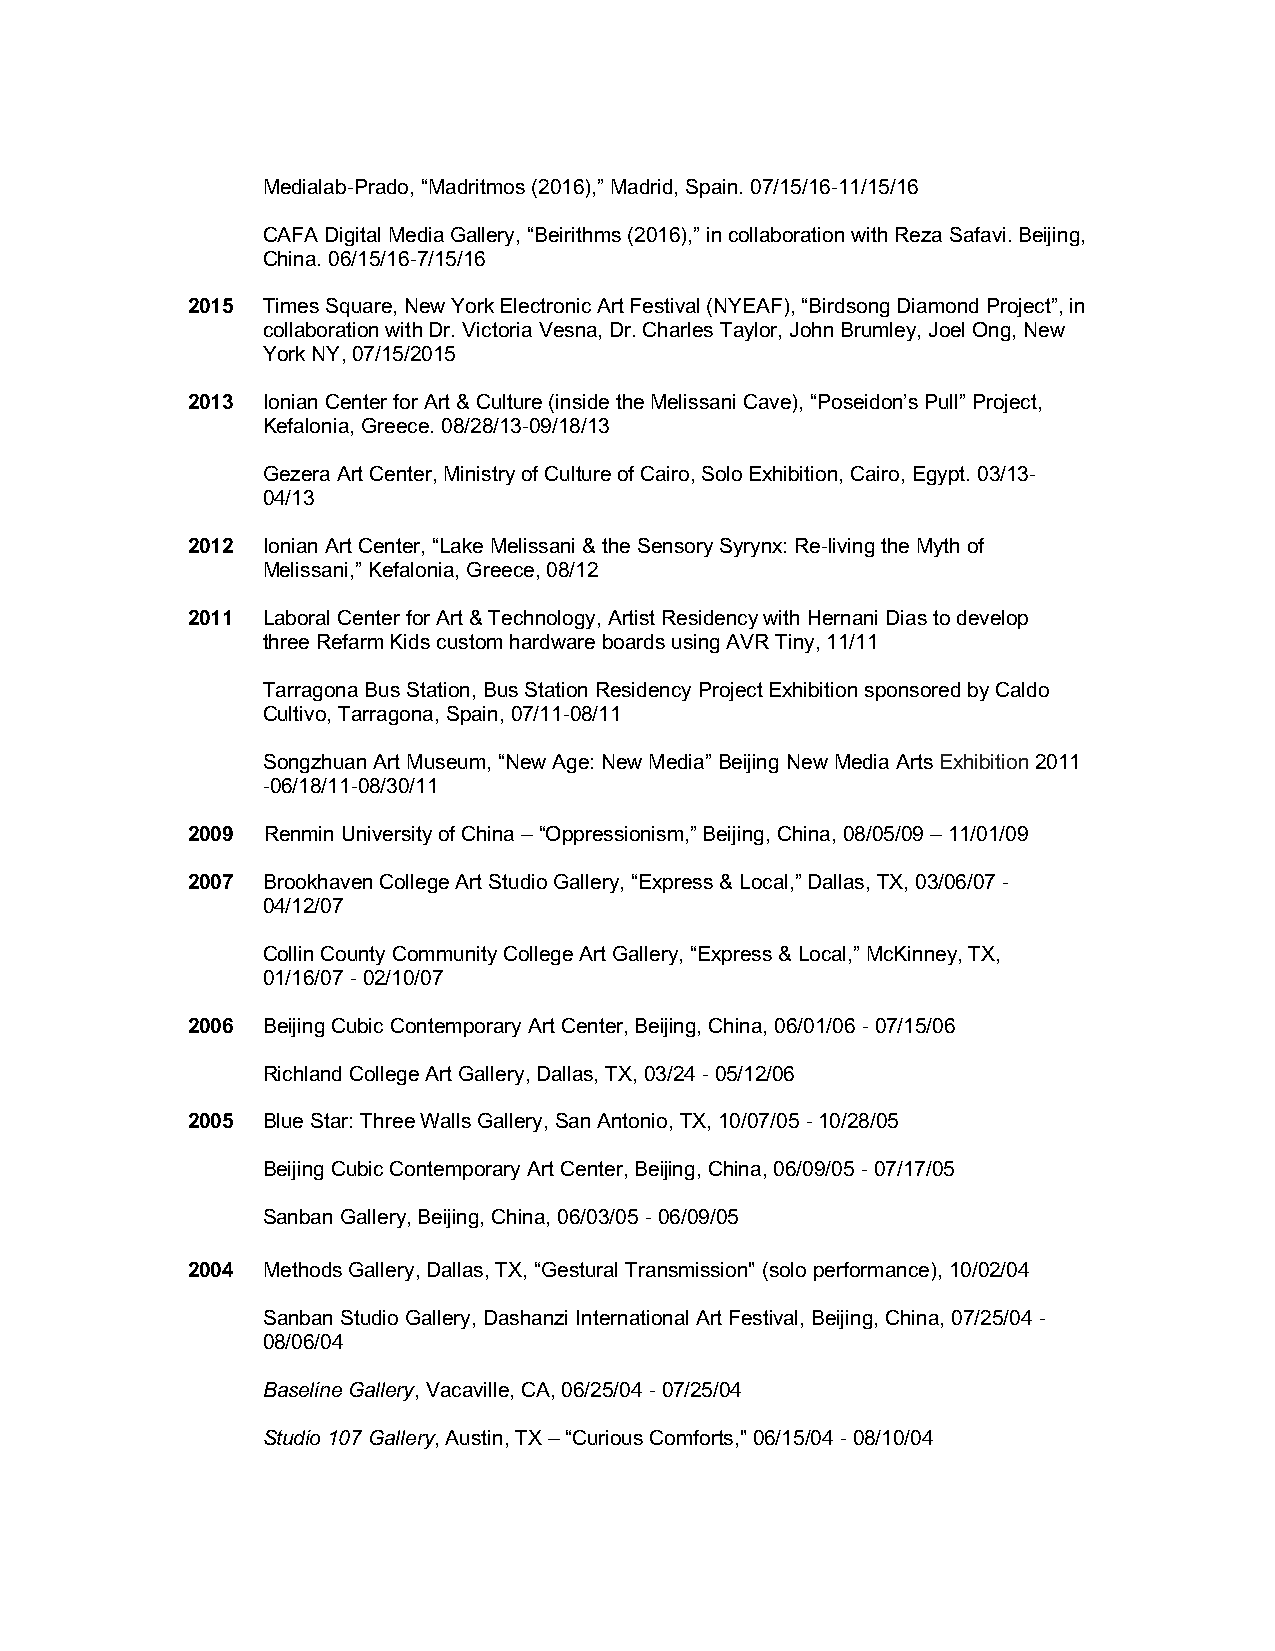
Medialab-Prado, “Madritmos (2016),” Madrid, Spain. 07/15/16-11/15/16
 CAFA Digital Media Gallery, “Beirithms (2016),” in collaboration with Reza Safavi. Beijing,
 China. 06/15/16-7/15/16
 2015 Times Square, New York Electronic Art Festival (NYEAF), “Birdsong Diamond Project”, in
 collaboration with Dr. Victoria Vesna, Dr. Charles Taylor, John Brumley, Joel Ong, New
 York NY, 07/15/2015
 2013 Ionian Center for Art & Culture (inside the Melissani Cave), “Poseidon’s Pull” Project,
 Kefalonia, Greece. 08/28/13-09/18/13
 Gezera Art Center, Ministry of Culture of Cairo, Solo Exhibition, Cairo, Egypt. 03/13-
 04/13
 2012 Ionian Art Center, “Lake Melissani & the Sensory Syrynx: Re-living the Myth of
 Melissani,” Kefalonia, Greece, 08/12
 2011 Laboral Center for Art & Technology, Artist Residency with Hernani Dias to develop
 three Refarm Kids custom hardware boards using AVR Tiny, 11/11
 Tarragona Bus Station, Bus Station Residency Project Exhibition sponsored by Caldo
 Cultivo, Tarragona, Spain, 07/11-08/11
 Songzhuan Art Museum, “New Age: New Media” Beijing New Media Arts Exhibition 2011
 -06/18/11-08/30/11
 2009 Renmin University of China – “Oppressionism,” Beijing, China, 08/05/09 – 11/01/09
 2007 Brookhaven College Art Studio Gallery, “Express & Local,” Dallas, TX, 03/06/07 -
 04/12/07
 Collin County Community College Art Gallery, “Express & Local,” McKinney, TX,
 01/16/07 - 02/10/07
 2006 Beijing Cubic Contemporary Art Center, Beijing, China, 06/01/06 - 07/15/06
 Richland College Art Gallery, Dallas, TX, 03/24 - 05/12/06
 2005 Blue Star: Three Walls Gallery, San Antonio, TX, 10/07/05 - 10/28/05
 Beijing Cubic Contemporary Art Center, Beijing, China, 06/09/05 - 07/17/05
 Sanban Gallery, Beijing, China, 06/03/05 - 06/09/05
 2004 Methods Gallery, Dallas, TX, “Gestural Transmission" (solo performance), 10/02/04
 Sanban Studio Gallery, Dashanzi International Art Festival, Beijing, China, 07/25/04 -
 08/06/04
 Baseline Gallery, Vacaville, CA, 06/25/04 - 07/25/04
 Studio 107 Gallery, Austin, TX – “Curious Comforts," 06/15/04 - 08/10/04